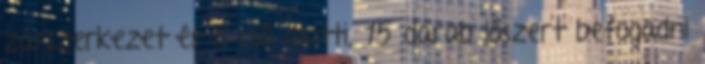
zárszerkezet és a cső alatti, 15 darab lőszert befogadni